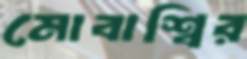
মোবাশ্বির